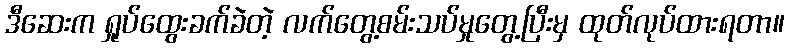
ဒီဆေးက ရှုပ်ထွေးခက်ခဲတဲ့ လက်တွေ့စမ်းသပ်မှုတွေ့ပြီးမှ ထုတ်လုပ်ထားရတာ။